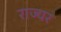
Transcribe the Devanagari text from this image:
राज्यर